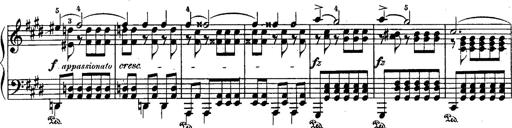
Title: Schubert's Impromptus [revised and edited by Franz Liszt]
Composer: Franz Liszt